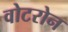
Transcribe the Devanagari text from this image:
वोटरोन